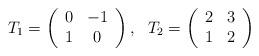
LaTeX: \begin{align*}T_{1} = \left( \begin{array}{cc} 0 & -1 \\ 1 & 0 \end{array} \right),~~ T_{2} = \left( \begin{array}{cc} 2 & 3\\ 1 & 2 \end{array} \right)\end{align*}